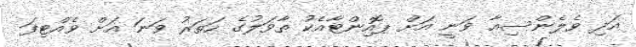
އަދި ވެލެންސިއާ ވަނީ އަށް ޕޮއިންޓާއެކު ތާވަލުގެ ހަތަރު ވަނަ އަށް ވެއްޓިފަ